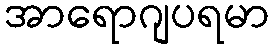
အာရောဂျပရမာ